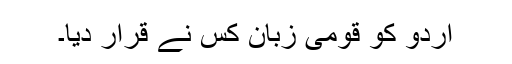
اردو کو قومی زبان کس نے قرار دیا۔